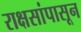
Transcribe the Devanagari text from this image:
राक्षसांपासून